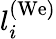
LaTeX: l_{i}^{(\mathrm{We)}}